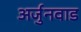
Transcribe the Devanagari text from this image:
अर्जुनवाड